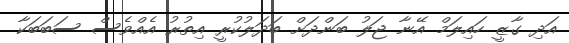
އަދި ގާޒީ ހައިލަމް އޭނާ ޖަލު ބަންދަށް ބަދަލުކުރީ އިތުރު އެއްވެސް ސަބަބަކާ